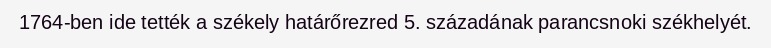
1764-ben ide tették a székely határőrezred 5. századának parancsnoki székhelyét.